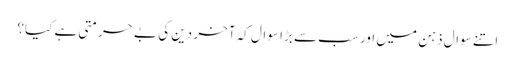
اتنے سوال ذہن میں اور سب سے بڑا سوال کہ آخر دین کی بے حرمتی ہے کیا؟